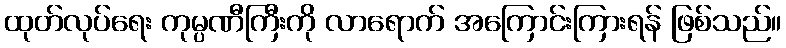
ထုတ်လုပ်ရေး ကုမ္ပဏီကြီးကို လာရောက် အကြောင်းကြားရန် ဖြစ်သည်။